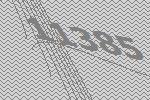
11385